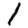
Digit: 1